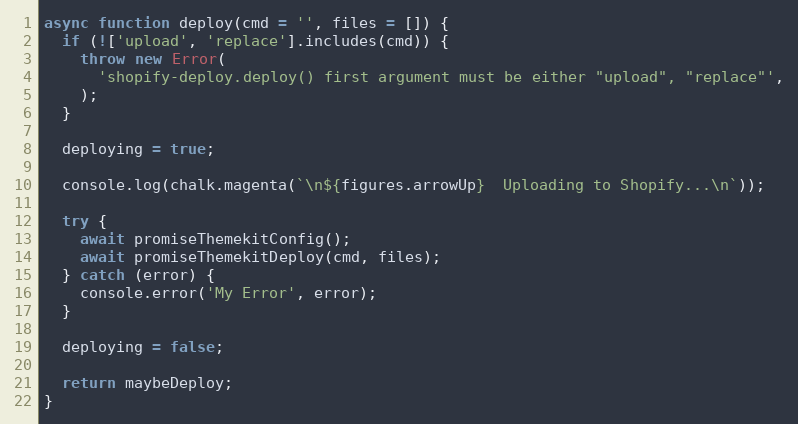
Language: JavaScript
async function deploy(cmd = '', files = []) {
  if (!['upload', 'replace'].includes(cmd)) {
    throw new Error(
      'shopify-deploy.deploy() first argument must be either "upload", "replace"',
    );
  }

  deploying = true;

  console.log(chalk.magenta(`\n${figures.arrowUp}  Uploading to Shopify...\n`));

  try {
    await promiseThemekitConfig();
    await promiseThemekitDeploy(cmd, files);
  } catch (error) {
    console.error('My Error', error);
  }

  deploying = false;

  return maybeDeploy;
}